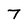
Character: 7